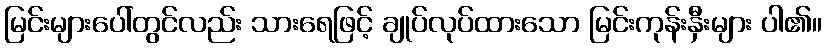
မြင်းများပေါ်တွင်လည်း သားရေဖြင့် ချုပ်လုပ်ထားသော မြင်းကုန်းနှီးများ ပါ၏။